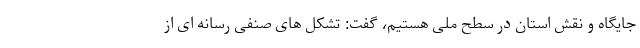
جایگاه و نقش استان در سطح ملی هستیم، گفت: تشکل های صنفی رسانه ای از